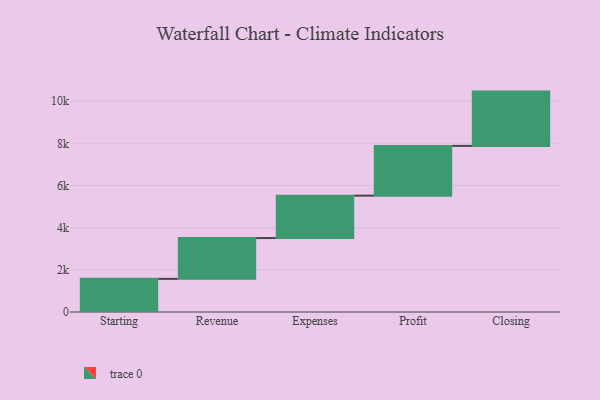
{"axis": {"x": "Step", "y": "Value"}, "legend": [""], "data": [{"x": "Starting", "y": 1572.0, "type": ""}, {"x": "Revenue", "y": 1935.0, "type": ""}, {"x": "Expenses", "y": 2012.0, "type": ""}, {"x": "Profit", "y": 2359.0, "type": ""}, {"x": "Closing", "y": 2575.0, "type": ""}]}